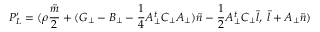
P _ { L } ^ { \prime } = ( { \rho } \frac { \tilde { m } } { 2 } + ( G _ { \bot } - B _ { \bot } - \frac { 1 } { 4 } A _ { \bot } ^ { t } C _ { \bot } A _ { \bot } ) { \tilde { n } } - \frac { 1 } { 2 } A _ { \bot } ^ { t } C _ { \bot } { \tilde { l } } , \; { \tilde { l } } + A _ { \bot } { \tilde { n } } )